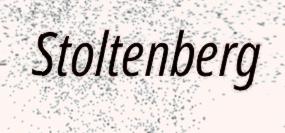
Stoltenberg